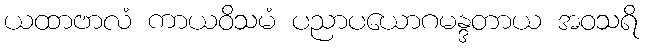
ယထာဗာလံ ကာယဝိသမံ ပညာပယောဂမန္ဒတာယ အဝသရိ